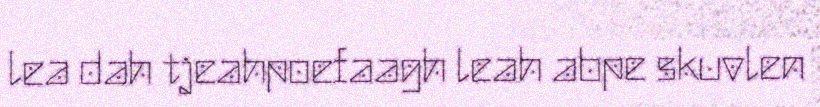
lea dah tjeahpoefaagh leah abpe skuvlen